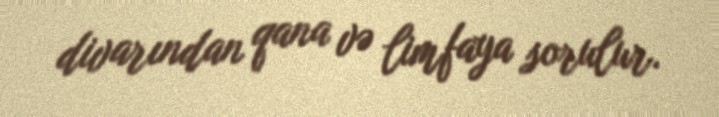
divarından qana və limfaya sorulur.